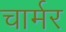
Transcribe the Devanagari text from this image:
चार्मर